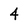
Character: 4